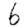
Digit: 6